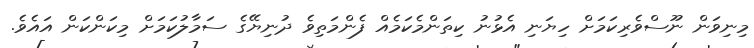
މިނިވަން ނޫސްވެރިކަމަށް ހިޔަނި އެޅުނު ކިތަންމެކަމެއް ފެންމަތިވެ ދުނިޔޭގެ ސަމާލުކަމަށް މިކަންކަން އައެވެ.